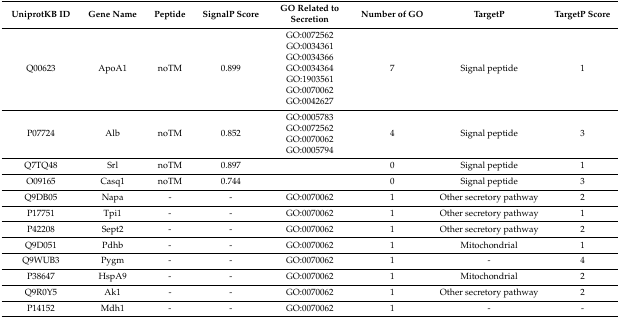
<table><thead><tr><td><b>UniprotKB ID</b></td><td><b>Gene Name</b></td><td><b>Peptide</b></td><td><b>SignalP Score</b></td><td><b>GO Related to Secretion</b></td><td><b>Number of GO</b></td><td><b>TargetP</b></td><td><b>TargetP Score</b></td></tr></thead><tbody><tr><td>Q00623</td><td>ApoA1</td><td>noTM</td><td>0.899</td><td>GO:0072562 GO:0034361 GO:0034366 GO:0034364 GO:1903561 GO:0070062 GO:0042627</td><td>7</td><td>Signal peptide</td><td>1</td></tr><tr><td>P07724</td><td>Alb</td><td>noTM</td><td>0.852</td><td>GO:0005783 GO:0072562 GO:0070062 GO:0005794</td><td>4</td><td>Signal peptide</td><td>3</td></tr><tr><td>Q7TQ48</td><td>Srl</td><td>noTM</td><td>0.897</td><td></td><td>0</td><td>Signal peptide</td><td>1</td></tr><tr><td>O09165</td><td>Casq1</td><td>noTM</td><td>0.744</td><td></td><td>0</td><td>Signal peptide</td><td>3</td></tr><tr><td>Q9DB05</td><td>Napa</td><td>-</td><td>-</td><td>GO:0070062</td><td>1</td><td>Other secretory pathway</td><td>2</td></tr><tr><td>P17751</td><td>Tpi1</td><td>-</td><td>-</td><td>GO:0070062</td><td>1</td><td>Other secretory pathway</td><td>1</td></tr><tr><td>P42208</td><td>Sept2</td><td>-</td><td>-</td><td>GO:0070062</td><td>1</td><td>Other secretory pathway</td><td>2</td></tr><tr><td>Q9D051</td><td>Pdhb</td><td>-</td><td>-</td><td>GO:0070062</td><td>1</td><td>Mitochondrial</td><td>1</td></tr><tr><td>Q9WUB3</td><td>Pygm</td><td>-</td><td>-</td><td>GO:0070062</td><td>1</td><td>-</td><td>4</td></tr><tr><td>P38647</td><td>HspA9</td><td>-</td><td>-</td><td>GO:0070062</td><td>1</td><td>Mitochondrial</td><td>2</td></tr><tr><td>Q9R0Y5</td><td>Ak1</td><td>-</td><td>-</td><td>GO:0070062</td><td>1</td><td>Other secretory pathway</td><td>2</td></tr><tr><td>P14152</td><td>Mdh1</td><td>-</td><td>-</td><td>GO:0070062</td><td>1</td><td>-</td><td>-</td></tr></tbody></table>